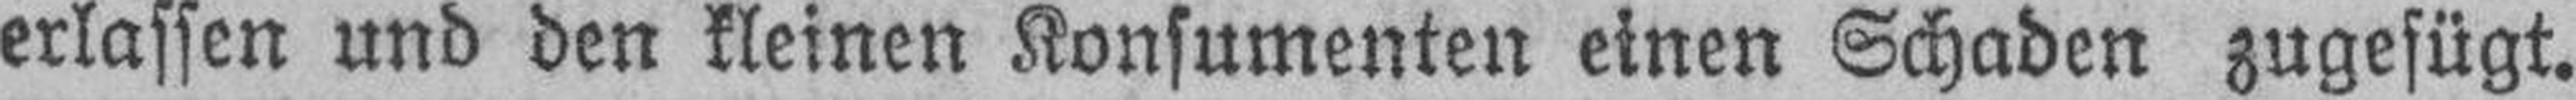
erlassen und den kleinen Konsumenten einen Schaden zugefügt.